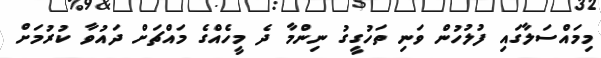
މިމައްސަލާގައި ފުލުހުން ވަނި ތަހުގީގު ނިންމާ ދެ މީހެއްގެ މައްޗަށް ދައުވާ ކުރުމަށް